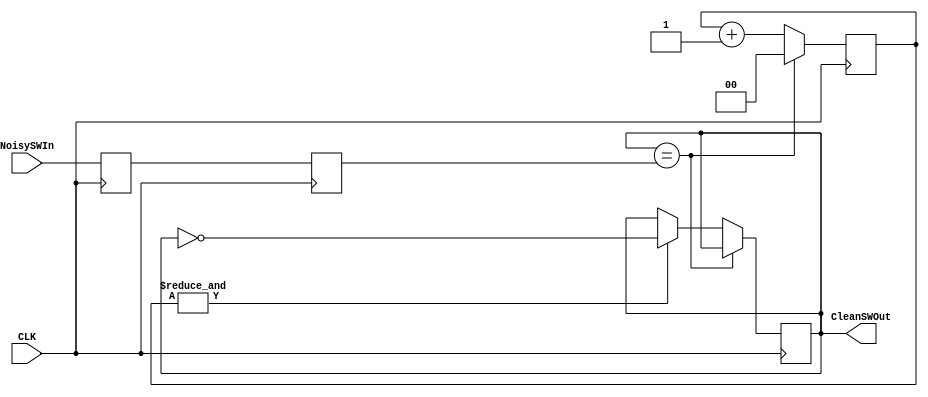
/*
 *		Module		:	Switch Debouncer Module
 * 	Description	: 	It samples the input signal and transfers 
 * 						the input only when it is stable for BOUNCE_DELAY
 *							times.
 *		Inputs		: 	NoisySWIn	=> Raw Switch input (Active High), 
 *												Assumed Noisy
 *						:	CLK 			=> Button Controller CLK
 * 					:	RST_N 		=> Active Low Reset
 *
 *		Outputs		: 	CleanSWOut	=> Debounced Button Output (Active High)
 *		Owner			: 	Ataberk KL
 */
 
module SwitchDebouncer
#(
	parameter COUNTER_REG_SIZE = 2
)(
    input CLK,
    input NoisySWIn,  				// Active High
    output reg CleanSWOut = 0  	// Active High
);

// Syncronization
reg PB_sync_0;  always @(posedge CLK) PB_sync_0 <= NoisySWIn;
reg PB_sync_1;  always @(posedge CLK) PB_sync_1 <= PB_sync_0;

// Counter
reg [COUNTER_REG_SIZE-1:0] Counter = 0;

wire PB_idle = (CleanSWOut==PB_sync_1);

wire Counter_max = &Counter;	// Time out?

always @(posedge CLK)
	if(PB_idle)
		// Still Stable
		Counter <= 0;
	else
		begin
			// Input is changed, Start Counter
			Counter <= Counter + 16'd1;
			if(Counter_max) CleanSWOut <= ~CleanSWOut;  
				// If the counter is maxed out, It is stable for enough time
		end
		
		
endmodule